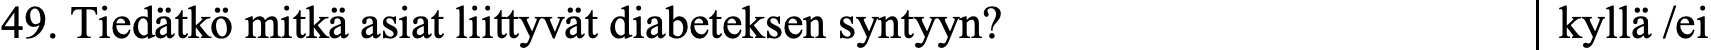
49. Tiedätkö mitkä asiat liittyvät diabeteksen syntyyn? kyllä /ei